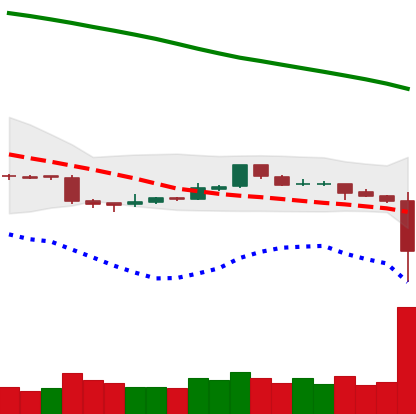
Ticker: ETC-USD
Chart end date: 2018-11-14
Forward return: -22.017%
Label: down_7plus